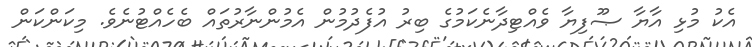
އެކު މުޅި އާޔާ ޞޫފިޔާ ވެއްޓިދާނެކަމުގެ ބިރު އުފެދުމުން އެމުންނާރުތައް ބެހެއްޓުނެވެ. މިކަންކަން